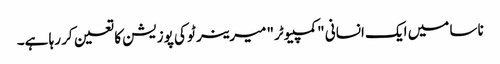
ناسا میں ایک انسانی "کمپیوٹر" میرینر ٹو کی پوزیشن کا تعین کر رہا ہے۔